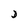
Character: D